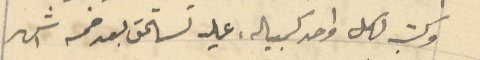
وكتب لكل واحد كمبيلة عليه تستحق بعد خمسة اشهر